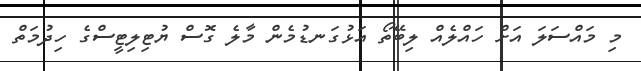
މި މައްސަލަ އަށް ހައްލެއް ލިބޭތޯ އަޅުގަނޑުމެން މާލެ ގޮސް ޔުޓިލިޓީސްގެ ހިދުމަތް